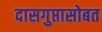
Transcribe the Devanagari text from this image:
दासगुप्तासोबत